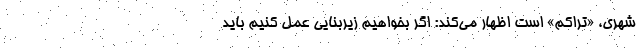
شهری، «تراکم» است اظهار می‌کند: اگر بخواهیم زیربنایی عمل کنیم باید